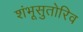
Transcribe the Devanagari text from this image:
शंभूसुतोरिव